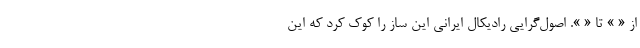
از « » تا « ». اصول‌گرایی رادیکال ایرانی این ساز را کوک کرد که این